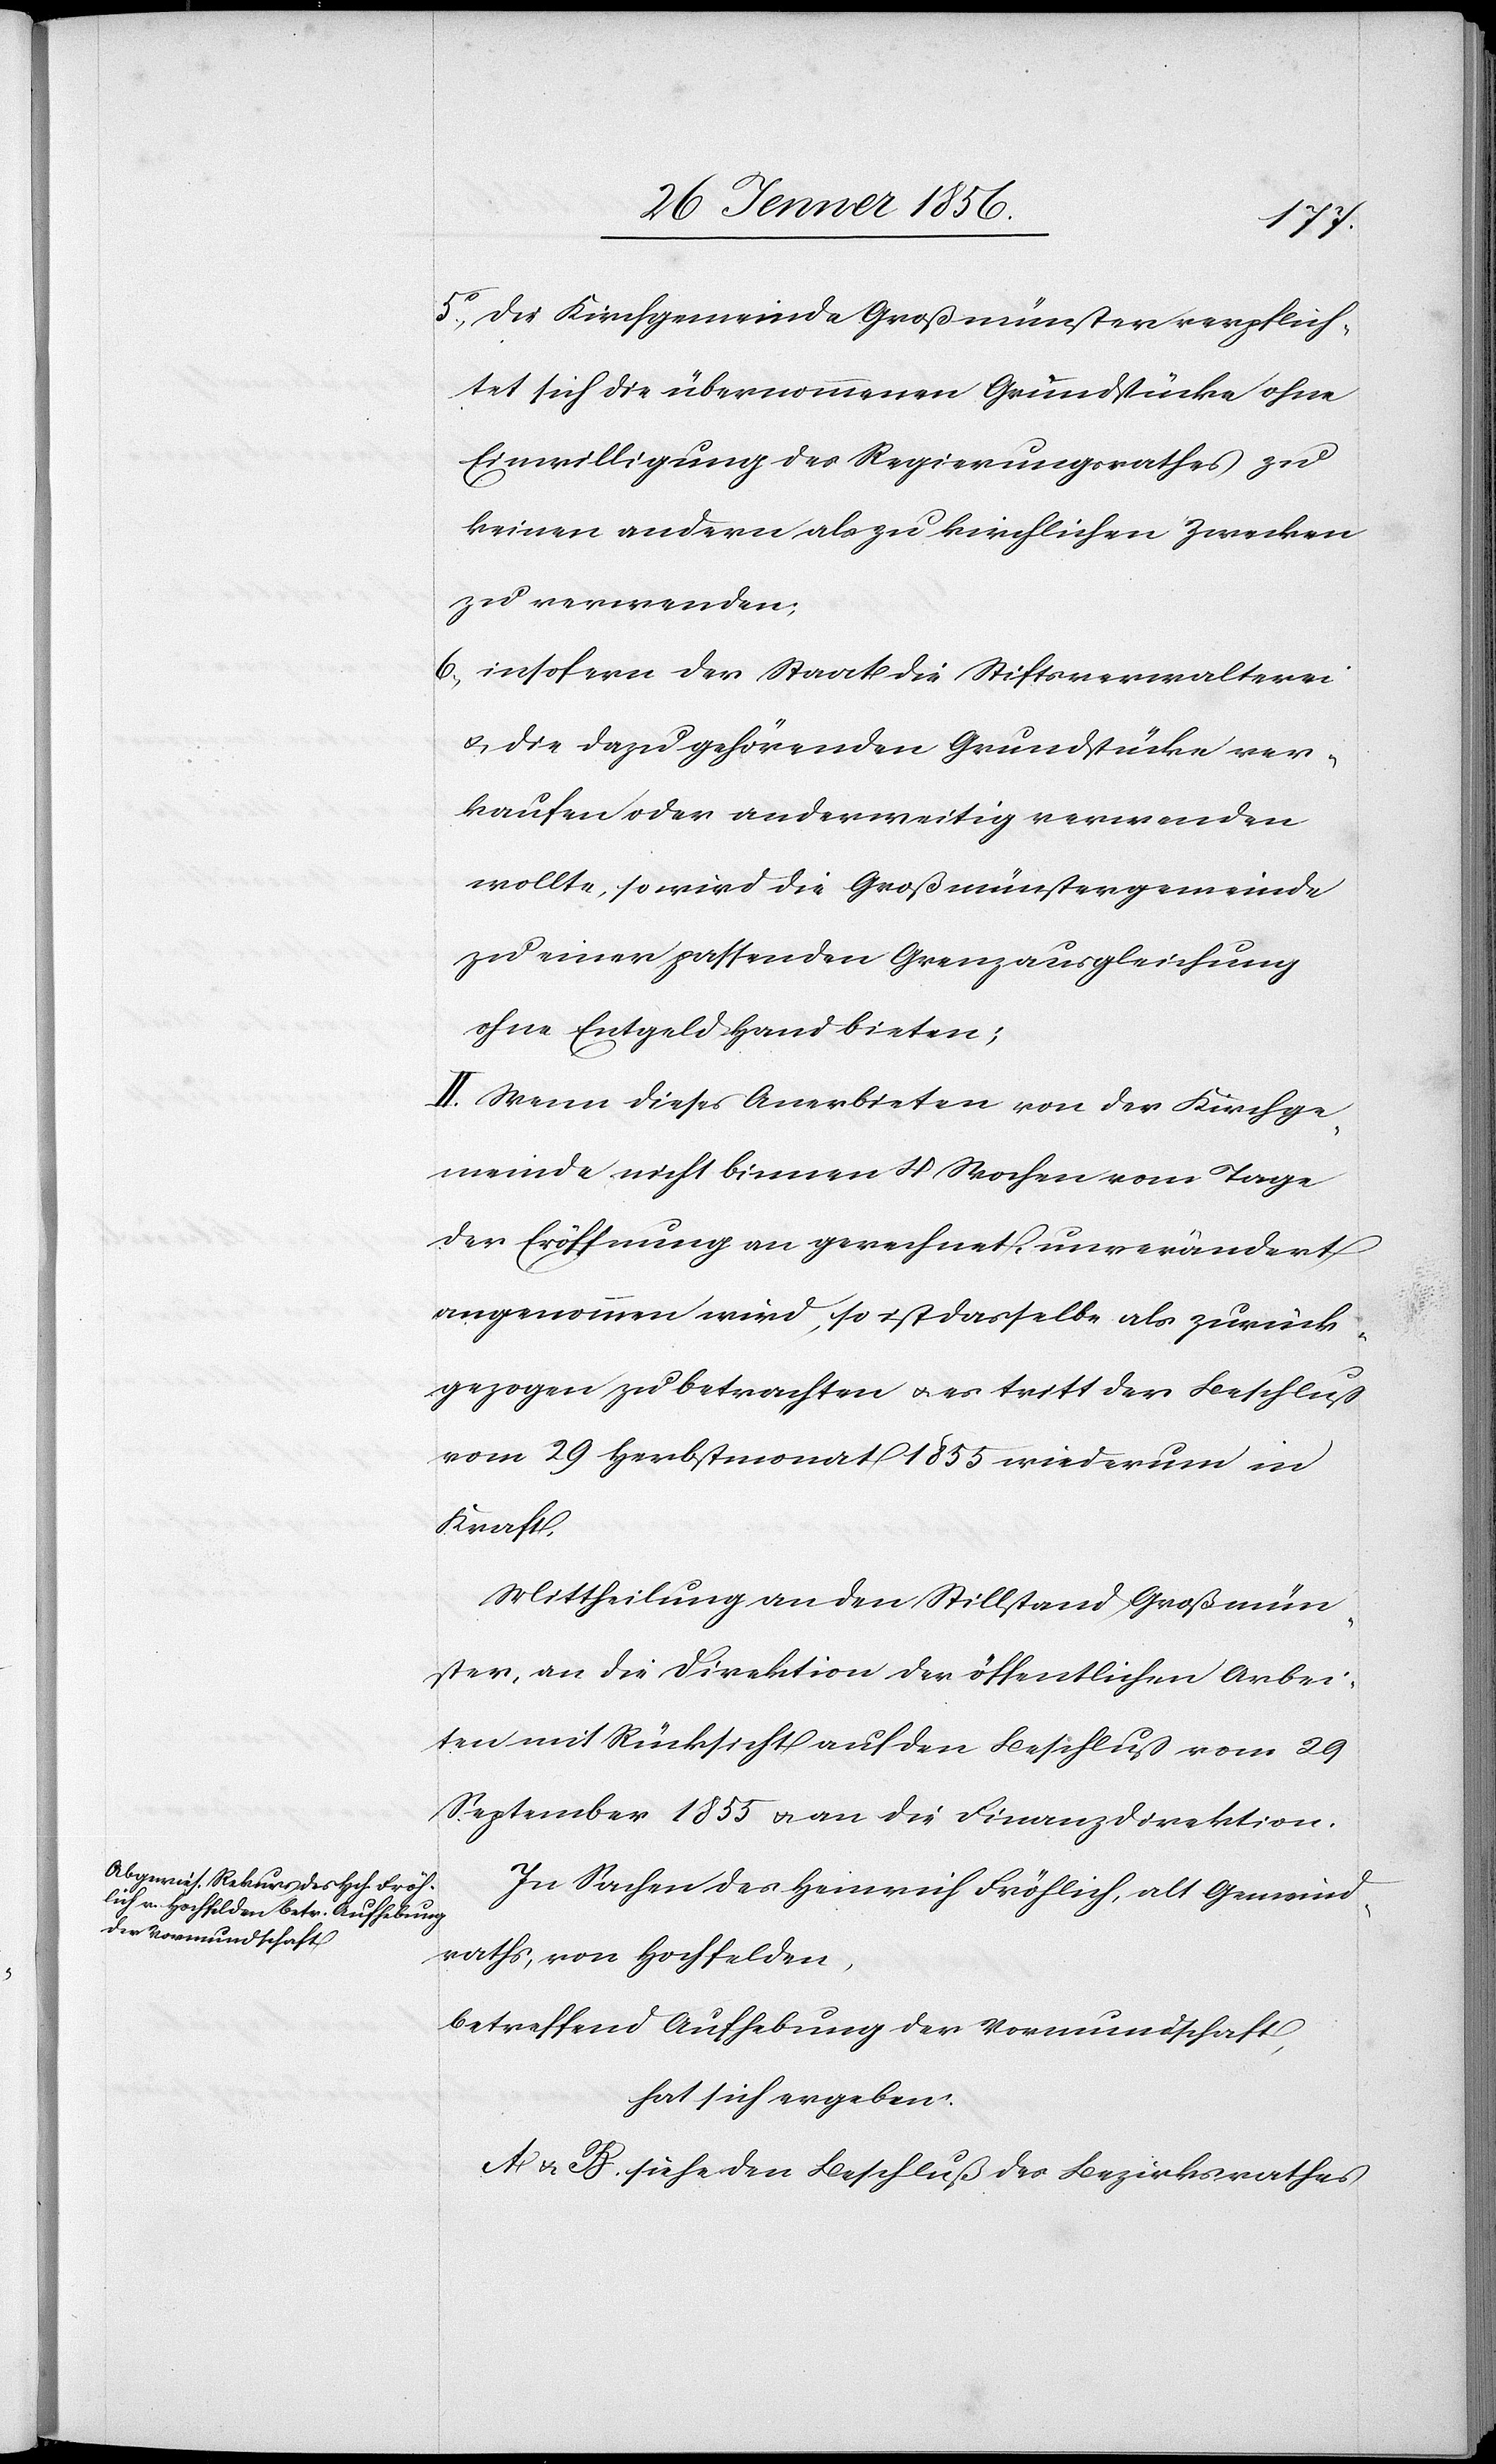
5o, Die Kirchgemeinde Großmünster verpflich¬
tet sich die übernommenen Grundstücke ohne
Einwilligung des Regierungsrathes zu
keinen andern als zu kirchlichen Zwecken
zu verwenden;
6., insofern der Staat die Stiftsverwalterei
u. die dazu gehörenden Grundstücke ver¬
kaufen oder anderweitig verwenden
wollte, so wird die Großmünstergemeinde
zu einer passenden Grenzausgleichung
ohne Entgeld Hand bieten;
II. Wenn dieses Anerbieten von der Kirchge¬
meinde nicht binnen 4 Wochen vom Tage
der Eröffnung an gerechnet, unverändert
angenommen wird, so ist dasselbe als zurück¬
gezogen zu betrachten u. es tritt der Beschluß
vom 29 Herbstmonat 1855 wiederum in
Kraft.
Mittheilung an den Stillstand Großmün¬
ster, an die Direktion der öffentlichen Arbei¬
ten mit Rücksicht auf den Beschluß vom 29
September 1855 u. an die Finanzdirektion.
In Sachen des Heinrich Fröhlich, alt Gemeind¬
raths, von Hochfelden,
betreffend Aufhebung der Vormundschaft,
hat sich ergeben:
A. u. B. siehe den Beschluß des Bezirksrathes